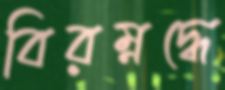
বিরম্নদ্ধে